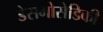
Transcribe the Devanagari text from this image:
डेसमोसेडिकी